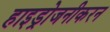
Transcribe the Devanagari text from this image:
हाइड्रोजनीकरन